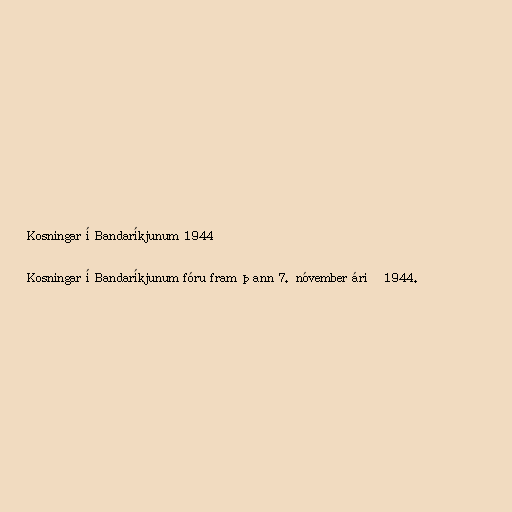
Kosningar í Bandaríkjunum 1944

Kosningar í Bandaríkjunum fóru fram þann 7. nóvember árið 1944.